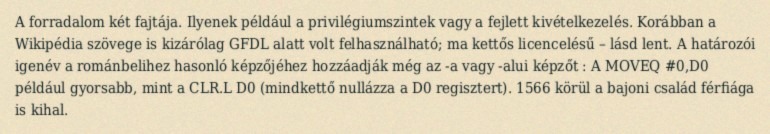
A forradalom két fajtája. Ilyenek például a privilégiumszintek vagy a fejlett kivételkezelés. Korábban a Wikipédia szövege is kizárólag GFDL alatt volt felhasználható; ma kettős licencelésű – lásd lent. A határozói igenév a románbelihez hasonló képzőjéhez hozzáadják még az -a vagy -alui képzőt : A MOVEQ #0,D0 például gyorsabb, mint a CLR.L D0 (mindkettő nullázza a D0 regisztert). 1566 körül a bajoni család férfiága is kihal.